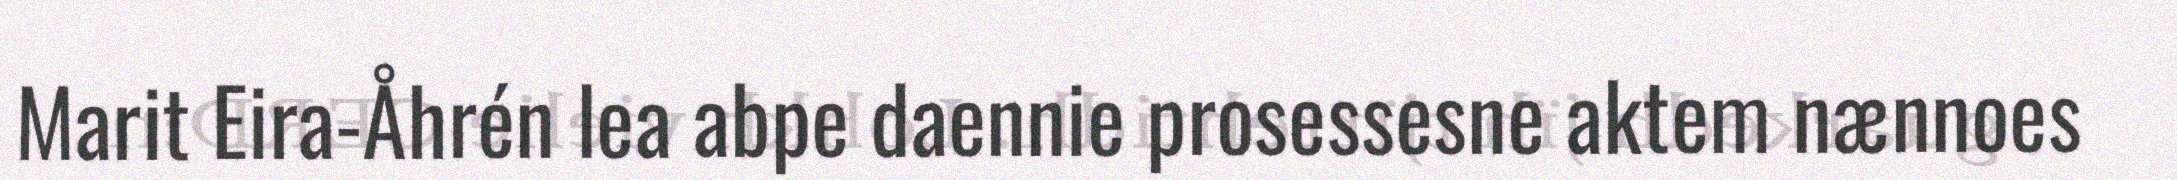
Marit Eira-Åhrén lea abpe daennie prosessesne aktem nænnoes